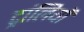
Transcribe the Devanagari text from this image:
ट्रांलियों